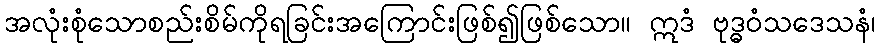
အလုံးစုံသောစည်းစိမ်ကိုရခြင်းအကြောင်းဖြစ်၍ဖြစ်သော။ ဣဒံ ဗုဒ္ဓဝံသဒေသနံ၊